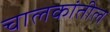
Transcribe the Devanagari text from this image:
चालकांतील